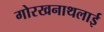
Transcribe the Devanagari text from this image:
गोरखनाथलाई